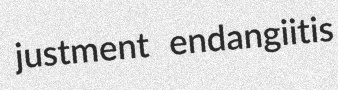
justment endangiitis